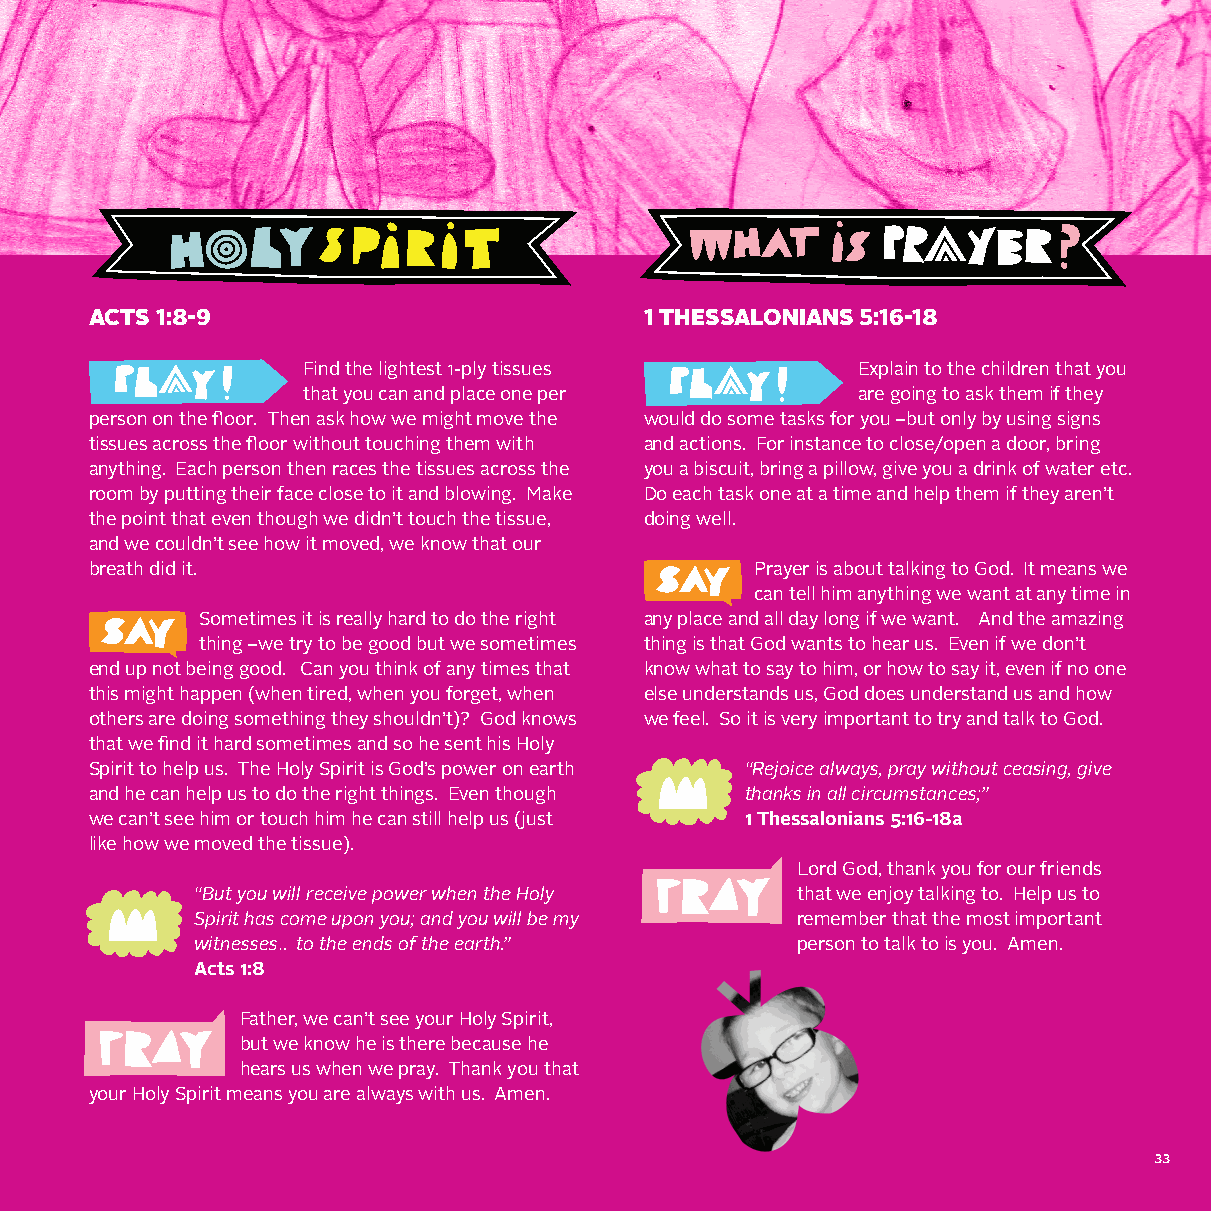
ACTS 1:8-9                           1 THESSALONIANS 5:16-18
 Find the lightest 1-ply tissues      Explain to the children that you
 that you can and place one per       are going to ask them if they
 person on the floor. Then ask how we might move the would do some tasks for you –but only by using signs
 tissues across the floor without touching them with and actions. For instance to close/open a door, bring
 anything. Each person then races the tissues across the you a biscuit, bring a pillow, give you a drink of water etc.
 room by putting their face close to it and blowing. Make Do each task one at a time and help them if they aren’t
 the point that even though we didn’t touch the tissue, doing well.
 and we couldn’t see how it moved, we know that our
 breath did it.                              Prayer is about talking to God. It means we
 can tell him anything we want at any time in
 Sometimes it is really hard to do the right any place and all day long if we want. And the amazing
 thing –we try to be good but we sometimes thing is that God wants to hear us. Even if we don’t
 end up not being good. Can you think of any times that know what to say to him, or how to say it, even if no one
 this might happen (when tired, when you forget, when else understands us, God does understand us and how
 others are doing something they shouldn’t)? God knows we feel. So it is very important to try and talk to God.
 that we find it hard sometimes and so he sent his Holy
 Spirit to help us. The Holy Spirit is God’s power on earth “Rejoice always, pray without ceasing, give
 and he can help us to do the right things. Even though thanks in all circumstances;”
 we can’t see him or touch him he can still help us (just 1 Thessalonians 5:16-18a
 like how we moved the tissue).
 Lord God, thank you for our friends
 “But you will receive power when the Holy that we enjoy talking to. Help us to
 Spirit has come upon you; and you will be my remember that the most important
 witnesses… to the ends of the earth.”   person to talk to is you. Amen.
 Acts 1:8
 Father, we can’t see your Holy Spirit,
 but we know he is there because he
 hears us when we pray. Thank you that
 your Holy Spirit means you are always with us. Amen.
 33